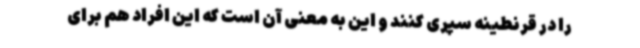
را در قرنطینه سپری کنند و این به معنی آن است که این افراد هم برای